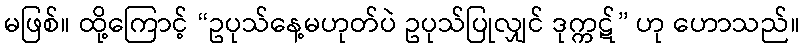
မဖြစ်။ ထို့ကြောင့် “ဥပုသ်နေ့မဟုတ်ပဲ ဥပုသ်ပြုလျှင် ဒုက္ကဋ်” ဟု ဟောသည်။